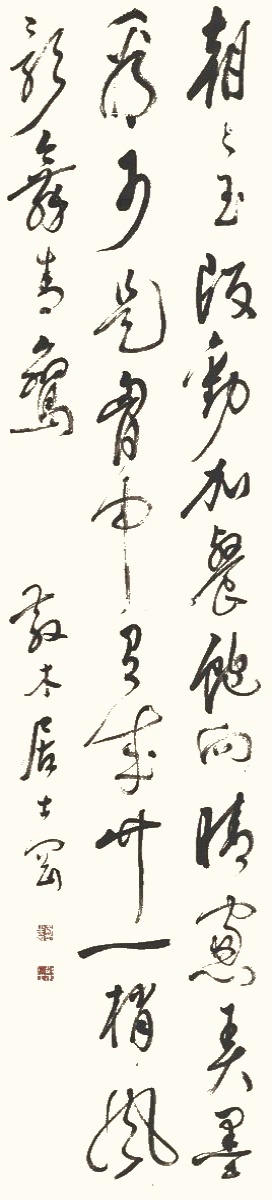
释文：朝朝玉版劝加餐，饱向晴窻弄墨看。可是胸中有成竹，一梢风影舞青鸾。散木居士冈。